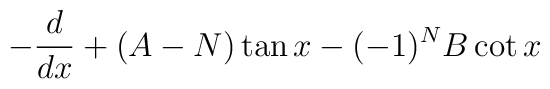
-\frac{d}{dx} + (A -N ) \tan x - (-1)^N B \cot x